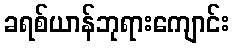
ခရစ်ယာန်ဘုရားကျောင်း